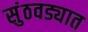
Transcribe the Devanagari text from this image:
सुंठवड्यात